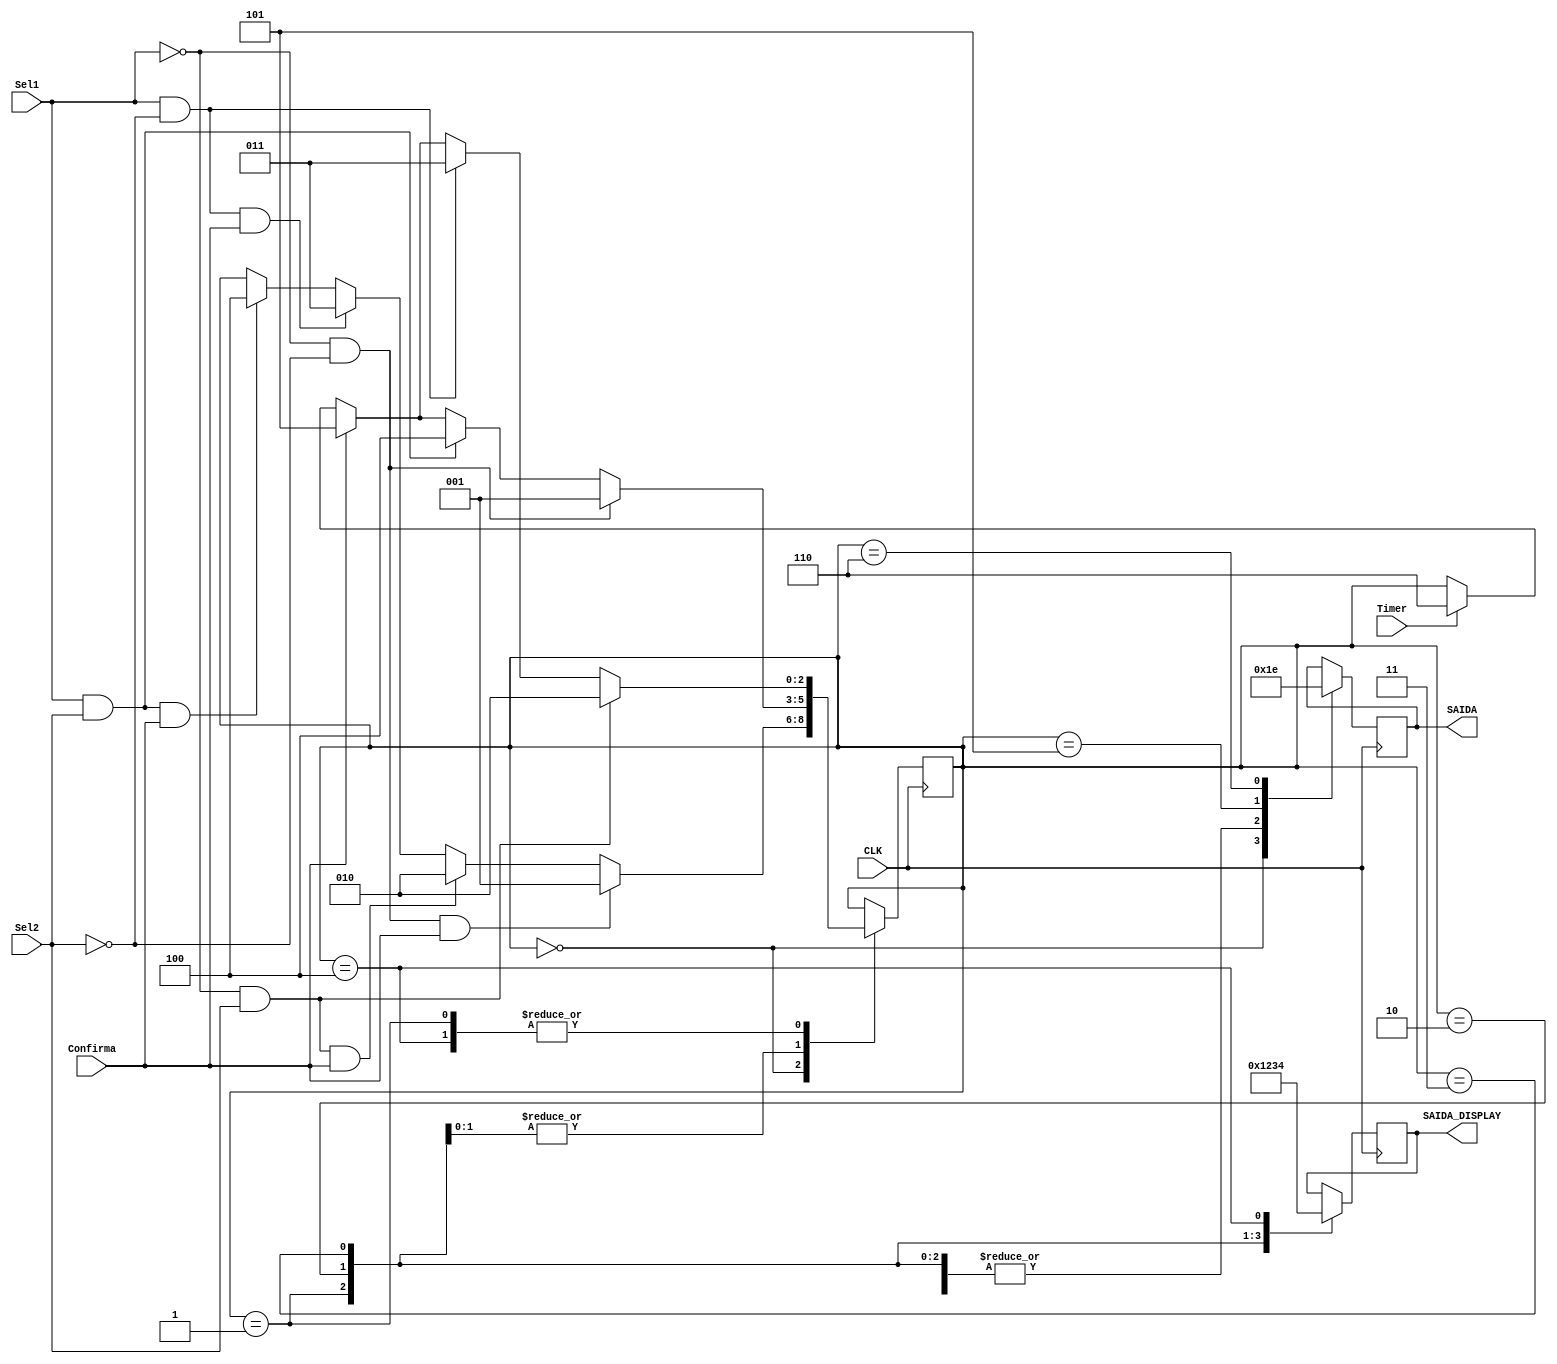
module MaquinaEscolha(CLK, Timer, Confirma, Sel1, Sel2, SAIDA_DISPLAY, SAIDA);
	
	input CLK, Timer, Sel1, Sel2, Confirma;
	output reg [3:0] SAIDA_DISPLAY;
	output reg [1:0] SAIDA;
	
	reg [2:0] ESTADO;
	parameter ANALISE = 3'b000;
	parameter CAFE_EXP = 3'b001;
	parameter CAFE_LEITE= 3'b010;
	parameter CHA = 3'b011;
	parameter CAPPUCCINO = 3'b100;
	parameter ESCOLHEU = 3'b101;
	parameter NAO_ESCOLHEU = 3'b110;
	
	initial begin 
		ESTADO = ANALISE;
	end
	
	always @(posedge CLK) begin
		case(ESTADO)
			ANALISE: begin
				if(!Sel1 && !Sel2 && Confirma) ESTADO = CAFE_EXP;
				else if (!Sel1 && Sel2 && Confirma) ESTADO = CAFE_LEITE;
				else if (Sel1 && !Sel2 && Confirma) ESTADO = CHA;
				else if (Sel1 && Sel2 && Confirma) ESTADO = CAPPUCCINO;
				SAIDA = 2'b00;
			end
			
			CAFE_EXP: begin
				if (!Sel1 && Sel2) ESTADO = CAFE_LEITE;
				else if (Sel1 && !Sel2) ESTADO = CHA;
				else if (Confirma) ESTADO = ESCOLHEU;
				else if (Timer) ESTADO = NAO_ESCOLHEU;
				SAIDA_DISPLAY = 4'b0001;
				SAIDA = 2'b01;
			end
			
			CAFE_LEITE: begin
				if (!Sel1 && !Sel2)	ESTADO = CAFE_EXP;
				else if (Sel1 && Sel2) ESTADO = CAPPUCCINO;
				else if (Confirma) ESTADO = ESCOLHEU;
				else if (Timer) ESTADO = NAO_ESCOLHEU;
				SAIDA_DISPLAY = 4'b0010;
				SAIDA = 2'b01;
			end	
			
			CHA: begin
				if (!Sel1 && !Sel2)	ESTADO = CAFE_EXP;
				else if(Sel1 && Sel2) ESTADO = CAPPUCCINO;
				else if (Confirma) ESTADO = ESCOLHEU;
				else if (Timer) ESTADO = NAO_ESCOLHEU;
				SAIDA_DISPLAY = 4'b0011;
				SAIDA = 2'b01;
			end
			
			CAPPUCCINO: begin
				if (!Sel1 && Sel2) ESTADO = CAFE_LEITE;
				else if (Sel1 && !Sel2) ESTADO = CHA;
				else if (Confirma) ESTADO = ESCOLHEU;
				else if (Timer) ESTADO = NAO_ESCOLHEU;
				SAIDA_DISPLAY = 4'b0100;
				SAIDA = 2'b01;
			end
			
			ESCOLHEU: begin
				SAIDA = 2'b11;
			end
			
			NAO_ESCOLHEU: begin
				SAIDA = 2'b10;
			end
		endcase
	end

endmodule